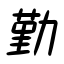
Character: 勤